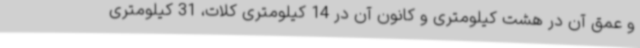
و عمق آن در هشت کیلومتری و کانون آن در 14 کیلومتری کلات، 31 کیلومتری